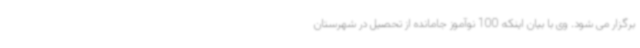
برگزار می شود. وی با بیان اینکه 100 نوآموز جامانده از تحصیل در شهرستان